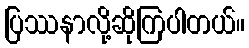
ပြဿနာလို့ဆိုကြပါတယ်။